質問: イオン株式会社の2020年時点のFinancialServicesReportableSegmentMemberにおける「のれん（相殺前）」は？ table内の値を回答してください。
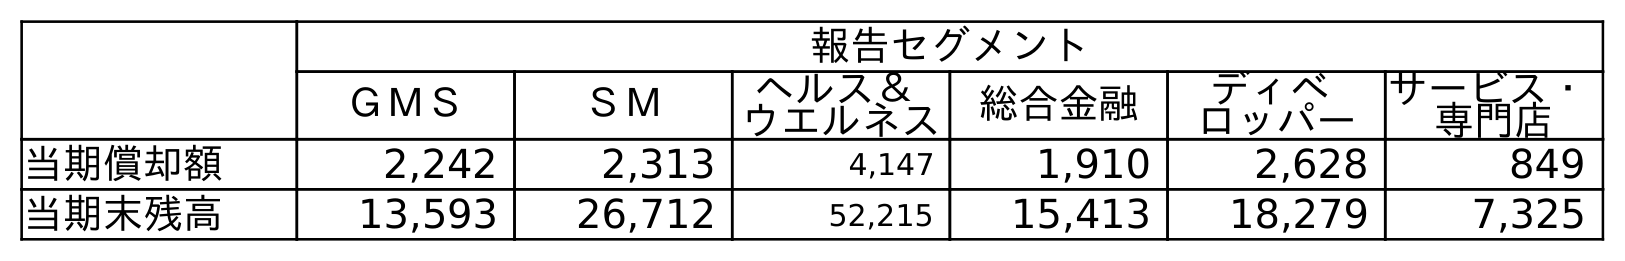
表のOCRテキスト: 報告セグメント ＧＭＳ ＳＭ ヘルス＆ ウエルネス 総合金融 ディベ ロッパー サービス・ 専門店 当期償却額 2,242 2,313 4,147 1,910 2,628 849 当期末残高 13,593 26,712 52,215 15,413 18,279 7,325
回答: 15,413